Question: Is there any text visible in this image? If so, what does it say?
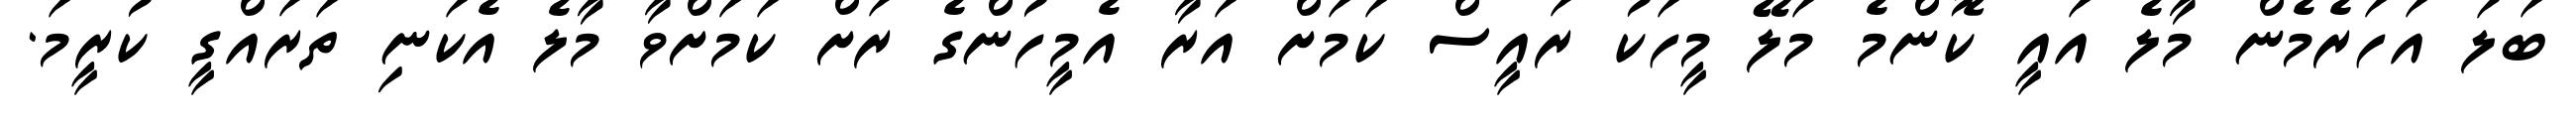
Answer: ބަލަ އަހަރެމެން މާލެ އައީ ކޮންމެ މަލޭ މީހަކު ރައީސް ކަމަށް އަރާ އެމީހުންގެ ރަށް ކަމަށްވާ މާލެ އެކަނި ތަރައްގީ ކުރީމަ.